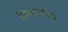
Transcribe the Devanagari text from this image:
सिकंदरिय